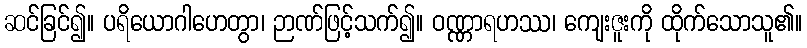
ဆင်ခြင်၍။ ပရိယောဂါဟေတွာ၊ ဉာဏ်ဖြင့်သက်၍။ ဝဏ္ဏာရဟဿ၊ ကျေးဇူးကို ထိုက်သောသူ၏။